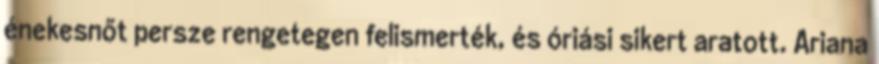
énekesnőt persze rengetegen felismerték, és óriási sikert aratott. Ariana